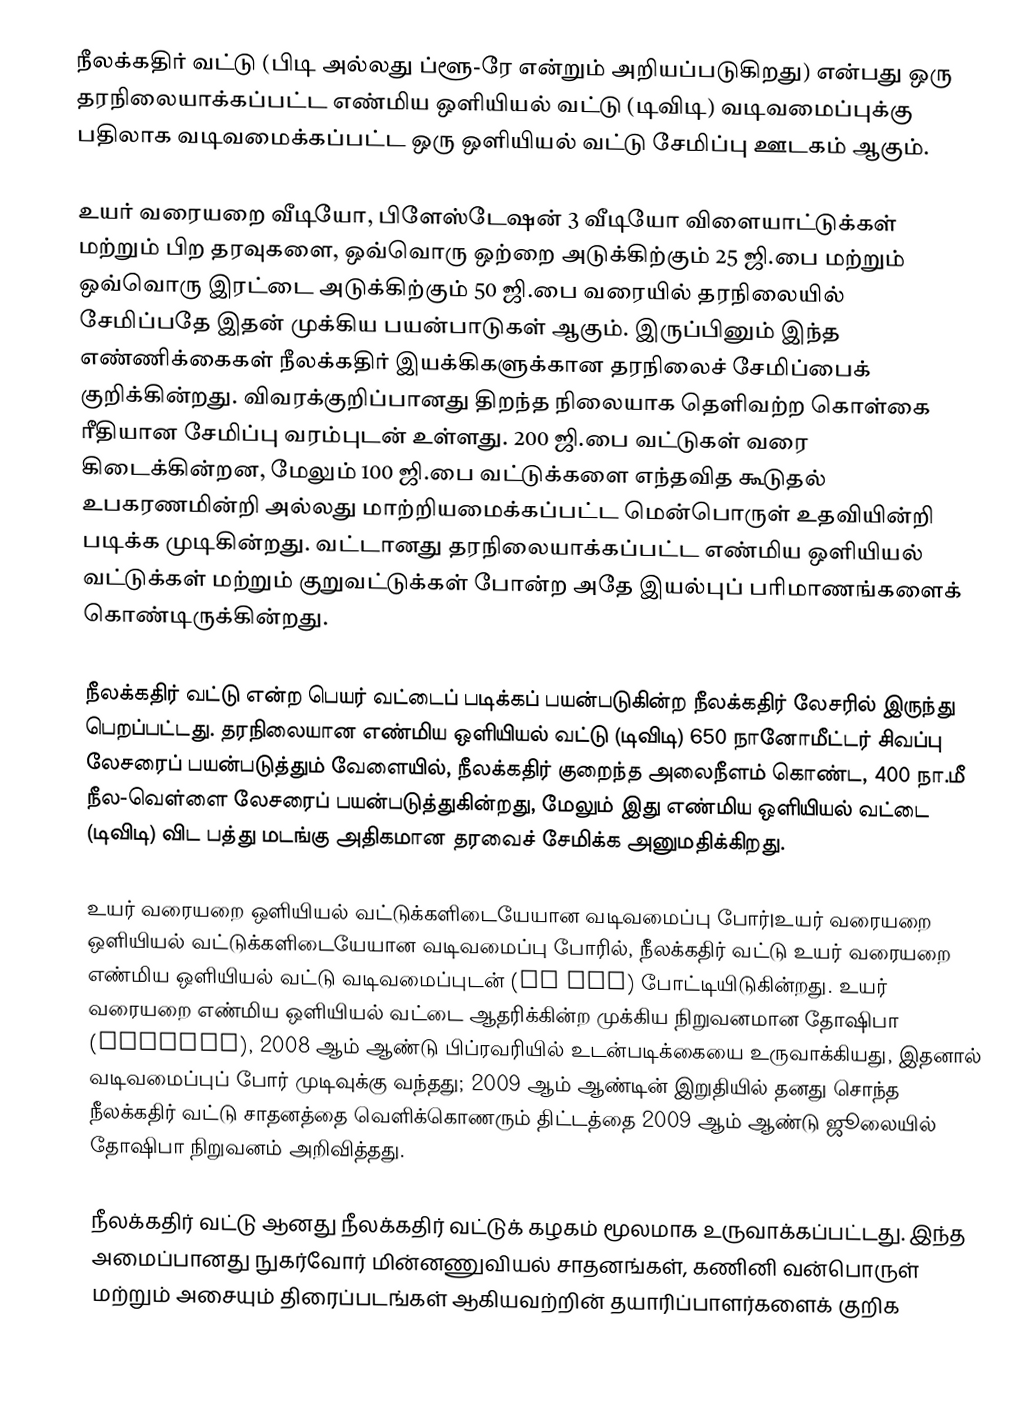
நீலக்கதிர் வட்டு (பிடி அல்லது ப்ளூ-ரே என்றும் அறியப்படுகிறது) என்பது ஒரு தரநிலையாக்கப்பட்ட எண்மிய ஒளியியல் வட்டு (டிவிடி) வடிவமைப்புக்கு பதிலாக வடிவமைக்கப்பட்ட ஒரு ஒளியியல் வட்டு சேமிப்பு ஊடகம் ஆகும்.

உயர் வரையறை வீடியோ, பிளேஸ்டேஷன் 3 வீடியோ விளையாட்டுக்கள் மற்றும் பிற தரவுகளை, ஒவ்வொரு ஒற்றை அடுக்கிற்கும் 25 ஜி.பை மற்றும் ஒவ்வொரு இரட்டை அடுக்கிற்கும் 50 ஜி.பை வரையில் தரநிலையில் சேமிப்பதே இதன் முக்கிய பயன்பாடுகள் ஆகும். இருப்பினும் இந்த எண்ணிக்கைகள் நீலக்கதிர் இயக்கிகளுக்கான தரநிலைச் சேமிப்பைக் குறிக்கின்றது. விவரக்குறிப்பானது திறந்த நிலையாக தெளிவற்ற கொள்கை ரீதியான சேமிப்பு வரம்புடன் உள்ளது. 200 ஜி.பை வட்டுகள் வரை கிடைக்கின்றன, மேலும் 100 ஜி.பை வட்டுக்களை எந்தவித கூடுதல் உபகரணமின்றி அல்லது மாற்றியமைக்கப்பட்ட மென்பொருள் உதவியின்றி படிக்க முடிகின்றது. வட்டானது தரநிலையாக்கப்பட்ட எண்மிய ஒளியியல் வட்டுக்கள் மற்றும் குறுவட்டுக்கள் போன்ற அதே இயல்புப் பரிமாணங்களைக் கொண்டிருக்கின்றது.

நீலக்கதிர் வட்டு என்ற பெயர் வட்டைப் படிக்கப் பயன்படுகின்ற நீலக்கதிர் லேசரில் இருந்து பெறப்பட்டது. தரநிலையான எண்மிய ஒளியியல் வட்டு (டிவிடி)  650 நானோமீட்டர் சிவப்பு லேசரைப் பயன்படுத்தும் வேளையில், நீலக்கதிர் குறைந்த அலைநீளம் கொண்ட, 400 நா.மீ நீல-வெள்ளை லேசரைப் பயன்படுத்துகின்றது, மேலும் இது எண்மிய ஒளியியல் வட்டை (டிவிடி) விட பத்து மடங்கு அதிகமான தரவைச் சேமிக்க அனுமதிக்கிறது.

உயர் வரையறை ஒளியியல் வட்டுக்களிடையேயான வடிவமைப்பு போர்|உயர் வரையறை ஒளியியல் வட்டுக்களிடையேயான வடிவமைப்பு போரில், நீலக்கதிர் வட்டு உயர் வரையறை எண்மிய ஒளியியல் வட்டு வடிவமைப்புடன் (HD DVD) போட்டியிடுகின்றது. உயர் வரையறை எண்மிய ஒளியியல் வட்டை ஆதரிக்கின்ற முக்கிய நிறுவனமான தோஷிபா (Toshiba), 2008 ஆம் ஆண்டு பிப்ரவரியில் உடன்படிக்கையை உருவாக்கியது, இதனால் வடிவமைப்புப் போர் முடிவுக்கு வந்தது; 2009 ஆம் ஆண்டின் இறுதியில் தனது சொந்த நீலக்கதிர் வட்டு சாதனத்தை வெளிக்கொணரும் திட்டத்தை 2009 ஆம் ஆண்டு ஜூலையில் தோஷிபா நிறுவனம் அறிவித்தது.

நீலக்கதிர் வட்டு ஆனது நீலக்கதிர் வட்டுக் கழகம் மூலமாக உருவாக்கப்பட்டது. இந்த அமைப்பானது நுகர்வோர் மின்னணுவியல் சாதனங்கள், கணினி வன்பொருள் மற்றும் அசையும் திரைப்படங்கள் ஆகியவற்றின் தயாரிப்பாளர்களைக் குறிக